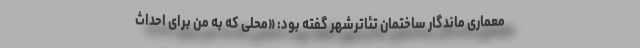
معماری ماندگار ساختمان تئاترشهر گفته بود: «محلی که به من برای احداث